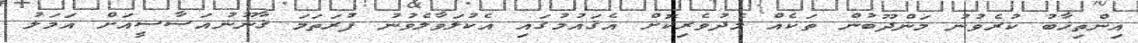
އިންތިޚާބު ކުރެވުނު މަންދޫބުން ތަކެއް މެދުވެރިކޮށް އެޤައުމުގައި އެކުލަވާލެވުނު ފުރަތަމަ ޤާނޫނުއަސާސީއަށް އަމަލު